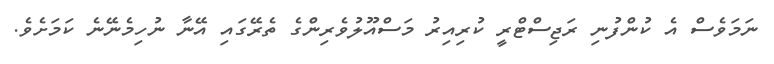
ނަމަވެސް އެ ކުންފުނި ރަޖިސްޓްރީ ކުރިއިރު މަސްއޫލުވެރިންގެ ތެރޭގައި އޭނާ ނުހިމެނޭނެ ކަމަށެވެ.